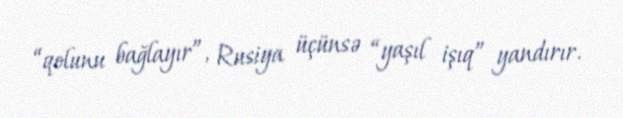
“qolunu bağlayır”, Rusiya üçünsə “yaşıl işıq” yandırır.